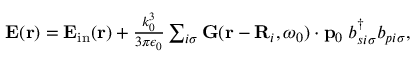
\begin{array} { r } { \mathbf { E } ( { \bf r } ) = \mathbf { E } _ { \mathrm { i n } } ( { \bf r } ) + \frac { k _ { 0 } ^ { 3 } } { 3 \pi \epsilon _ { 0 } } \sum _ { i \sigma } \mathbf { G } ( { \bf r } - { \bf R } _ { i } , \omega _ { 0 } ) \cdot \mathbf { p } _ { 0 } \; b _ { s i \sigma } ^ { \dagger } b _ { p i \sigma } , } \end{array}